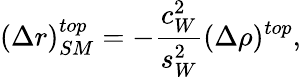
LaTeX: (\Delta r)_{SM}^{top}=-\frac{c_{W}^{2}}{s_{W}^{2}}(\Delta\rho)^{top},